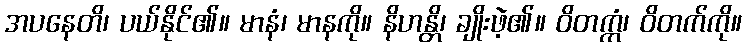
အပနေတိ၊ ပယ်နိုင်၏။ မာနံ၊ မာနကို။ နိဟန္တိ၊ ချိုးဖဲ့၏။ ဝိတက္ကံ၊ ဝိတက်ကို။